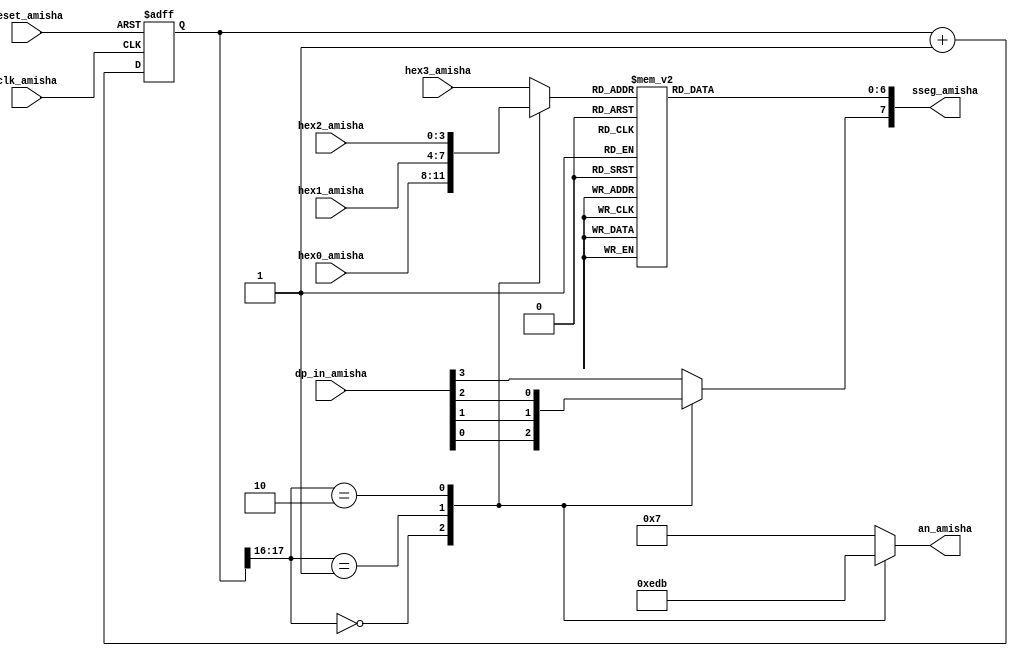
`timescale 1ns / 1ps
//////////////////////////////////////////////////////////////////////////////////
// Company: 
// Engineer: 
// 
// Design Name: 
// Module Name:    disp_hex_mux_Amisha 
// Project Name: 
// Target Devices: 
// Tool versions: 
// Description: 
//
// Dependencies: 
//
// Revision: 
// Revision 0.01 - File Created
// Additional Comments: 
//
//////////////////////////////////////////////////////////////////////////////////
module disp_hex_mux_Amisha(
    input clk_amisha,
    input reset_amisha,
    input [3:0] hex3_amisha,
    input [3:0] hex2_amisha,
    input [3:0] hex1_amisha,
    input [3:0] hex0_amisha,
    input [3:0] dp_in_amisha,
    output reg [3:0] an_amisha,
    output reg [7:0] sseg_amisha
    );
	 
	 localparam N_amisha = 18;

	 reg [N_amisha-1:0] q_reg_amisha;
	 wire [N_amisha-1:0] q_next_amisha;
	 reg [3:0] hex_in_amisha;
	 reg dp_amisha;
	 
	 always @(posedge clk_amisha, posedge reset_amisha)
	 if (reset_amisha)
	 q_reg_amisha <= 0;
	 else
	 q_reg_amisha <= q_next_amisha;
	 
	 assign q_next_amisha = q_reg_amisha + 1;
	 
	 always @*
	 case (q_reg_amisha [N_amisha-1 : N_amisha-2])
	 2'b00:
	 begin
	 an_amisha = 4'b1110;
	 hex_in_amisha = hex0_amisha;
	 dp_amisha = dp_in_amisha [0];
	 end
	 
	 2'b01:
	 begin
	 an_amisha = 4'b1101;
	 hex_in_amisha = hex1_amisha;
	 dp_amisha = dp_in_amisha [1];
	 end
	 
	 2'b10:
	 begin
	 an_amisha = 4'b1011;
	 hex_in_amisha = hex2_amisha;
	 dp_amisha = dp_in_amisha [2];
	 end
	 
	 default:
	 begin
	 an_amisha = 4'b0111;
	 hex_in_amisha = hex3_amisha;
	 dp_amisha = dp_in_amisha [3];
	 end
	 endcase
	 
	 always @*
	 begin
	 case (hex_in_amisha)
	 4'h0: sseg_amisha[6:0] = 7'b0000001;
	 4'h1: sseg_amisha[6:0] = 7'b1001111;
	 4'h2: sseg_amisha[6:0] = 7'b0010010;
	 4'h3: sseg_amisha[6:0] = 7'b0000110;
	 4'h4: sseg_amisha[6:0] = 7'b1001100;
	 4'h5: sseg_amisha[6:0] = 7'b0100100;
	 4'h6: sseg_amisha[6:0] = 7'b0100000;
	 4'h7: sseg_amisha[6:0] = 7'b0001111;
	 4'h8: sseg_amisha[6:0] = 7'b0000000;
	 4'h9: sseg_amisha[6:0] = 7'b0000100;
	 4'ha: sseg_amisha[6:0] = 7'b0001000;
	 4'hb: sseg_amisha[6:0] = 7'b1100000;
	 4'hc: sseg_amisha[6:0] = 7'b0110001;
	 4'hd: sseg_amisha[6:0] = 7'b1000010;
	 4'he: sseg_amisha[6:0] = 7'b0110000;
	 default: sseg_amisha[6:0] = 7'b0111000;
	 endcase

	 sseg_amisha[7] = dp_amisha;
	 end
endmodule